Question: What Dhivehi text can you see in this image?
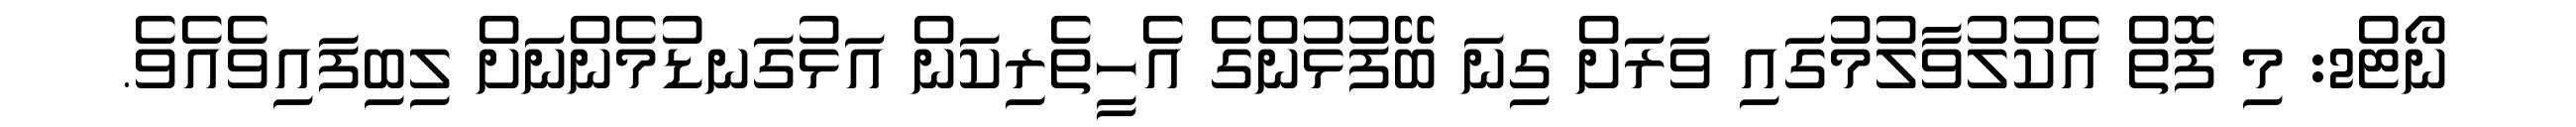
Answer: ނޯޓް2: މި ފޮތް އެކުލުވާލުމުގައި ވަރަށް ގިނަ ބޭފުޅުންގެ އެހީތެރިކަން އަޅުގަނޑުމެންނަށް ލިބިފައިވެއެވެ.